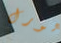
لورل